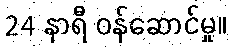
24 နာရီ ဝန်ဆောင်မှု။